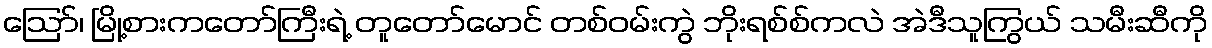
ဪ၊ မြို့စားကတော်ကြီးရဲ့ တူတော်မောင် တစ်ဝမ်းကွဲ ဘိုးရစ်စ်ကလဲ အဲဒီသူကြွယ် သမီးဆီကို